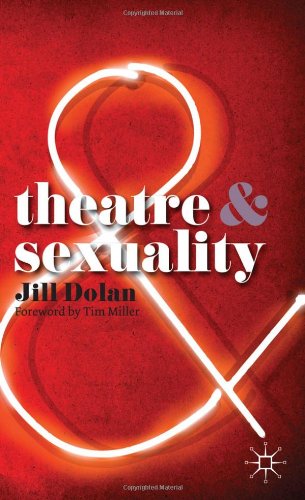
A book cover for Theatre and Sexuality; Jill Dolan; Literature & Fiction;